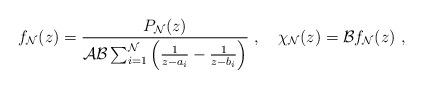
LaTeX: \begin{align*}f_{\cal N}(z)= {P_{\cal N}(z)\over {\cal A}{\cal B} \sum_{i=1}^{\cal N}\left({1\over z-a_i}-{1\over z-b_i}\right) }\ ,\quad \chi_{\cal N}(z) = {\cal B} f_{\cal N}(z)\ ,\end{align*}